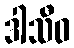
ဒါသီဝ